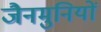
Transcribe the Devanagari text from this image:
जैनमुनियों